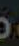
،